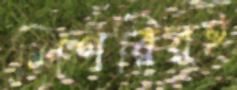
শিগরিরই